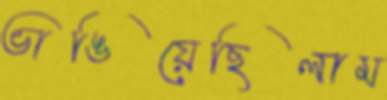
ভাঙিয়েছিলাম